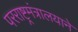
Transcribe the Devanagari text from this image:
परराष्ट्रमंत्रालयाने